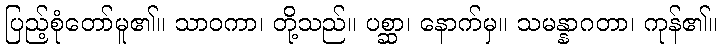
ပြည့်စုံတော်မူ၏။ သာဝကာ၊ တို့သည်။ ပစ္ဆာ၊ နောက်မှ။ သမန္နာဂတာ၊ ကုန်၏။